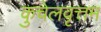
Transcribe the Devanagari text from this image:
कुचेलवृत्तम